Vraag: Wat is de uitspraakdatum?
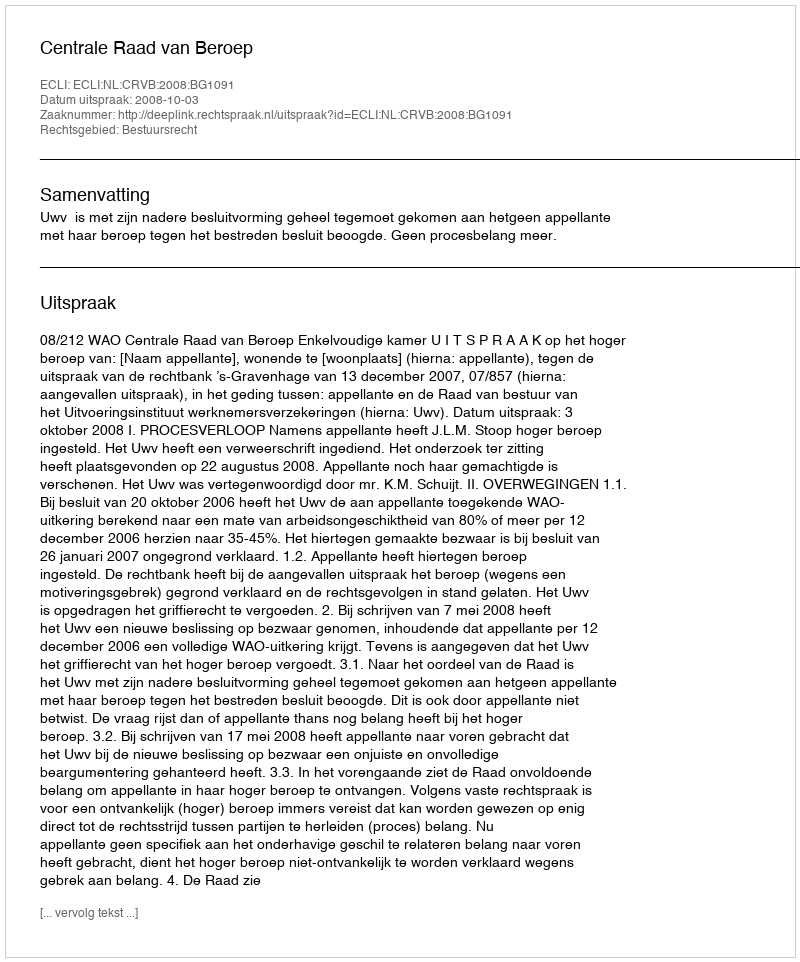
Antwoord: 2008-10-03